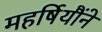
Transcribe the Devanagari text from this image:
महर्षियौंने